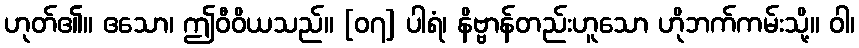
ဟုတ်၏။ ဧသော၊ ဤဝီဝိယသည်။ [၀၇] ပါရံ၊ နိဗ္ဗာန်တည်းဟူသော ဟိုဘက်ကမ်းသို့။ ဝါ၊